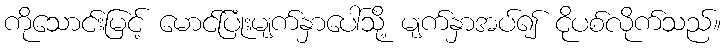
ကိုသောင်းမြင့် မောင်ပြုံးမျက်နှာပေါ်သို့ မျက်နှာအပ်၍ ငိုပစ်လိုက်သည်။